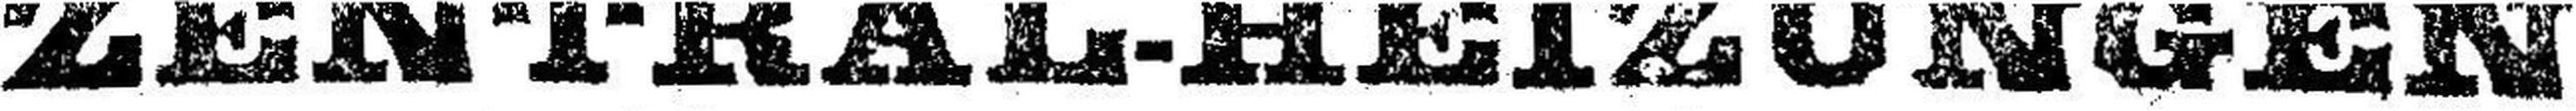
ZENTRAL-HEIZUNGEN